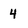
Character: 4